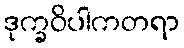
ဒုက္ခဝိပါကတရာ